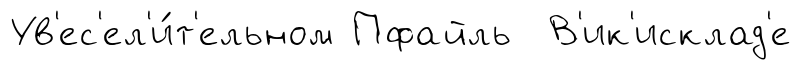
Ув'ес'ел'и́т'ельном Пфайль В'ик'исклад'е